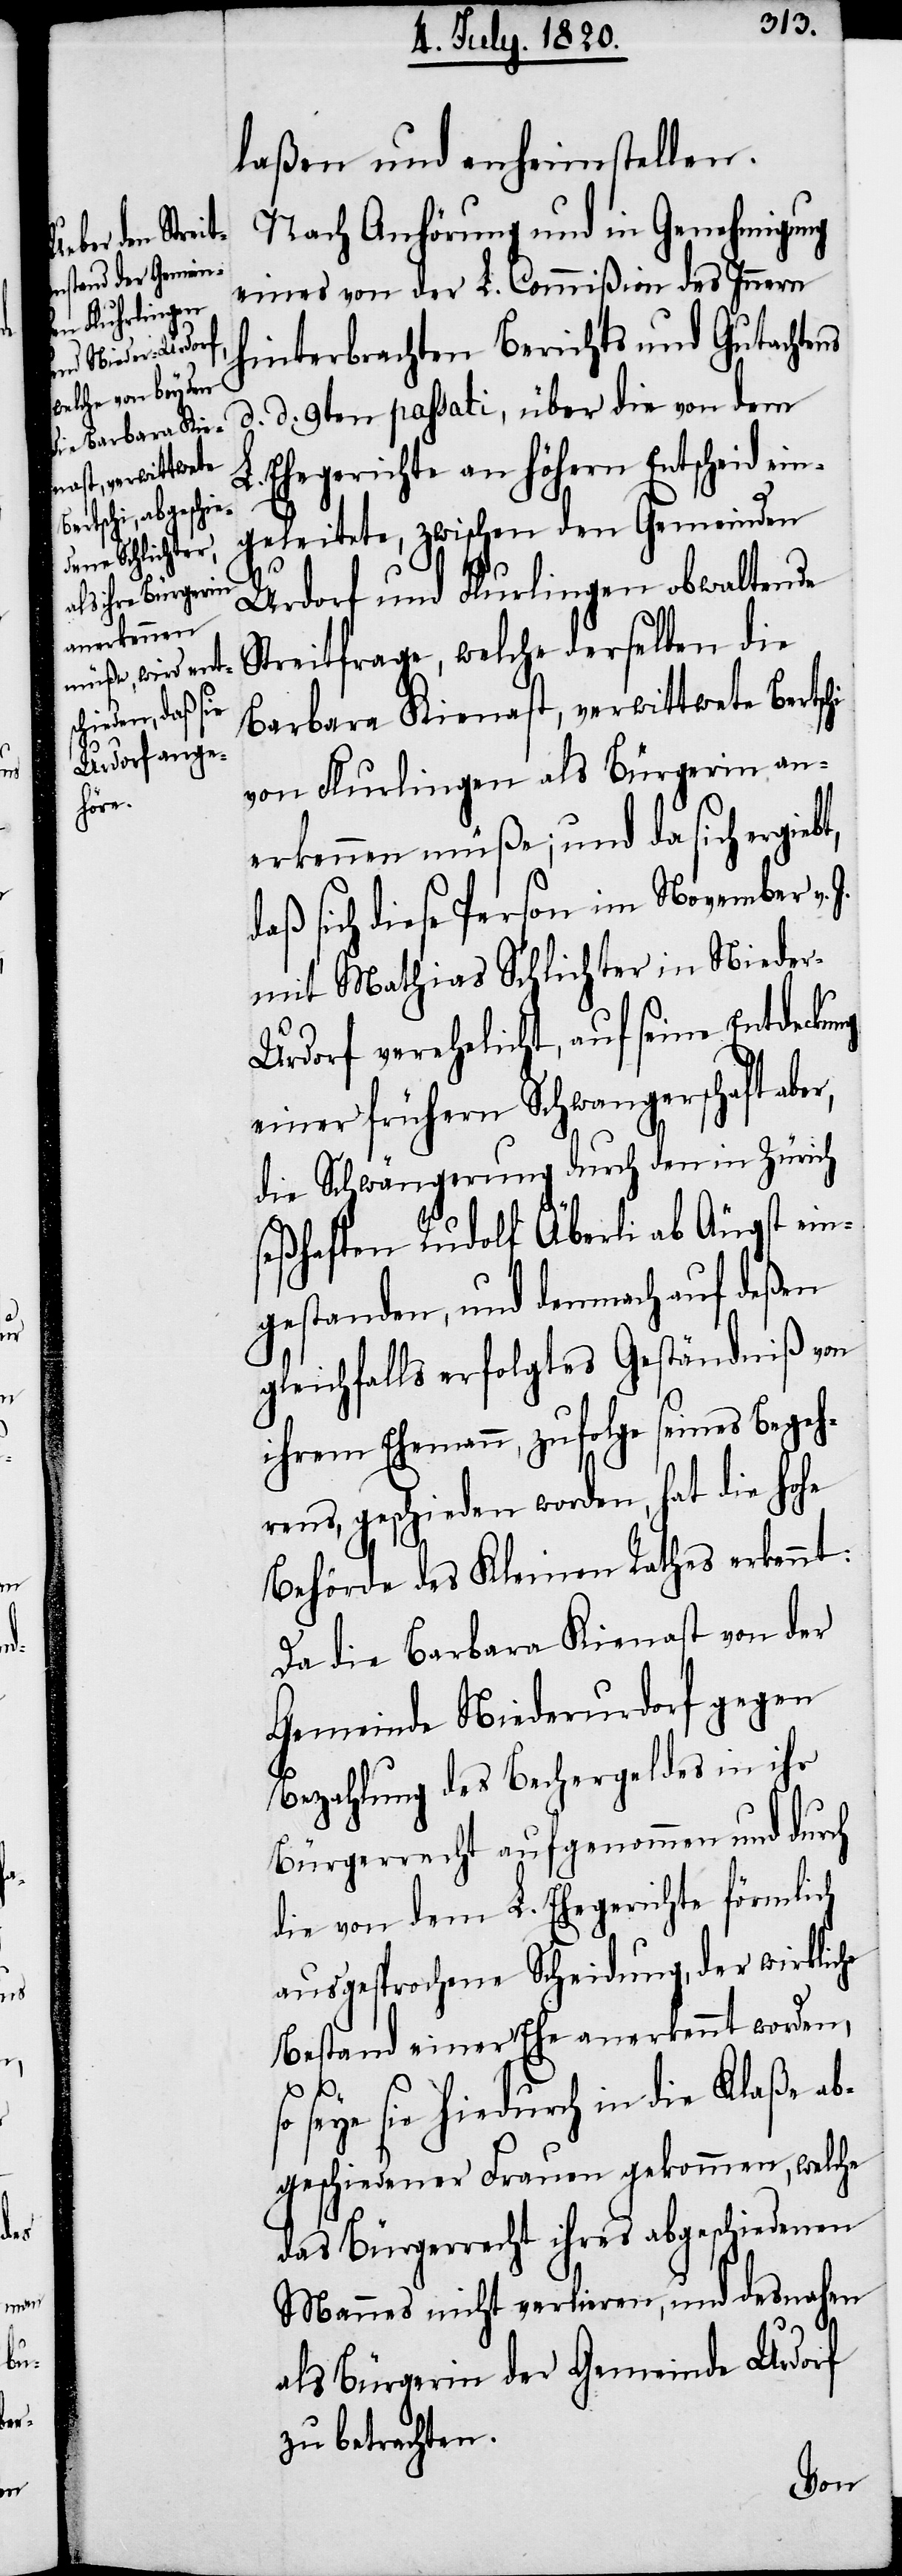
r,

laßen und anheimstellen.
Nach Anhörung und in Genehmigung
eines von der L. Commißion des Innern
hinterbrachten Berichts und Gutachtens
d. d. 9ten passati, über die von dem
L. Ehegerichte an höhern Entscheid ein¬
geleitete, zwischen den Gemeinden
Urdorf und Flurlingen obwaltende
Streitfrage, welche derselben die
Barbara Kienast, verwittwete Bertsc¬
von Flurlingen als Bürgerin an¬
erkennen müße; und da sich ergie¬
daß sich diese Person im November v.
mit Mathias Schlichter in Niede¬
r-Urdorf verehelicht, auf seine Entdecku¬
einer frühern Schwangerschaft abe¬
die Schwängerung durch den in Zürich
seßhaften Rudolf Äberli ab Augst ein¬
gestanden, und demnach auf deßen
gleichfalls erfolgtes Geständniß von
ihrem Ehemann, zufolge seines Begeh¬
rens, geschieden worden, hat die hohe
Behörde des Kleinen Rathes erkennt:
Da die Barbara Kienast von der
Gemeinde Niederurdorf gegen
Bezahlung des Bechergeldes in ihr
Bürgerrecht aufgenommen und durch
die von dem L. Ehegerichte förmlich
ausgesprochene Scheidung, der wirkliche
Bestand einer Ehe anerkennt worden,
so seye sie hiedurch in die Klaße ab¬
geschiedener Frauen gekommen, welche
das Bürgerrecht ihres abgeschiedenen
Mannes nicht verlieren, und desnahen
als Bürgerin der Gemeinde Urdorf
zu betrachten.